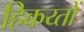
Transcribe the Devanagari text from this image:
हिकय्तों